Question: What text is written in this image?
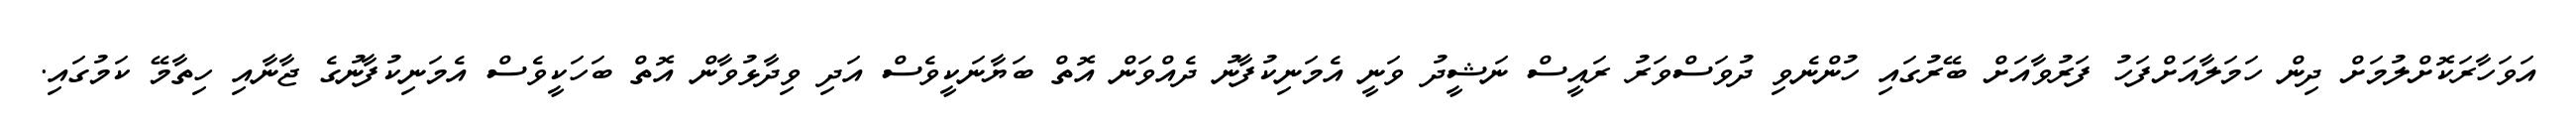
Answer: އަވަހާރަކޮށްލުމަށް ދިން ހަމަލާއަށްފަހު ފަރުވާއަށް ބޭރުގައި ހުންނެވި ދުވަސްވަރު ރައީސް ނަޝީދު ވަނީ އެމަނިކުފާނު ދެއްވަން އޮތް ބަޔާނަކީވެސް އަދި ވިދާޅުވާން އޮތް ބަހަކީވެސް އެމަނިކުފާނުގެ ޖާނާއި ހިތާމޭ ކަމުގައި.